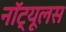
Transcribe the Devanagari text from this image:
नॉट्यूलस